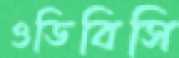
ওডিবিসি